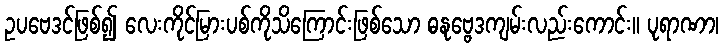
ဥပဗေဒင်ဖြစ်၍ လေးကိုင်မြားပစ်ကိုသိကြောင်းဖြစ်သော ဓနုဗ္ဗေဒကျမ်းလည်းကောင်း။ ပုရာဏာ၊